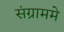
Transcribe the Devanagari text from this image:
संग्राममे